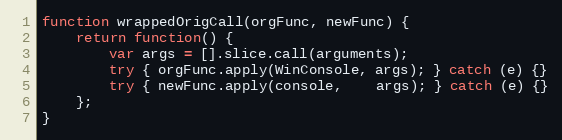
Language: JavaScript
function wrappedOrigCall(orgFunc, newFunc) {
    return function() {
        var args = [].slice.call(arguments);
        try { orgFunc.apply(WinConsole, args); } catch (e) {}
        try { newFunc.apply(console,    args); } catch (e) {}
    };
}